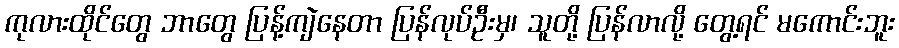
ကုလားထိုင်တွေ ဘာတွေ ပြန့်ကျဲနေတာ ပြန်လုပ်ဦးမှ၊ သူတို့ ပြန်လာလို့ တွေ့ရင် မကောင်းဘူး